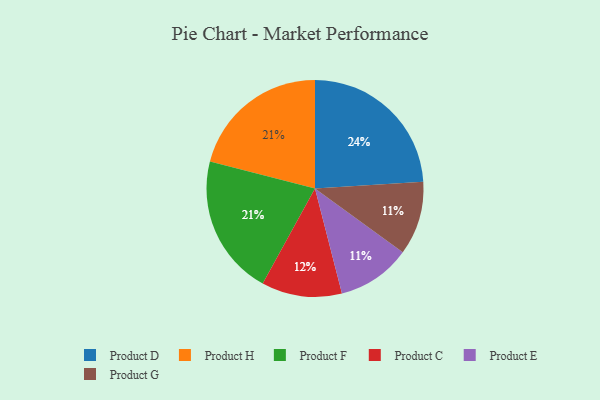
{"axis": {"x": "Category", "y": "Percentage"}, "legend": ["Product C", "Product D", "Product E", "Product F", "Product G", "Product H"], "data": [{"x": "Product C", "y": 12, "type": "Product C"}, {"x": "Product E", "y": 11, "type": "Product E"}, {"x": "Product G", "y": 11, "type": "Product G"}, {"x": "Product H", "y": 21, "type": "Product H"}, {"x": "Product F", "y": 21, "type": "Product F"}, {"x": "Product D", "y": 24, "type": "Product D"}]}